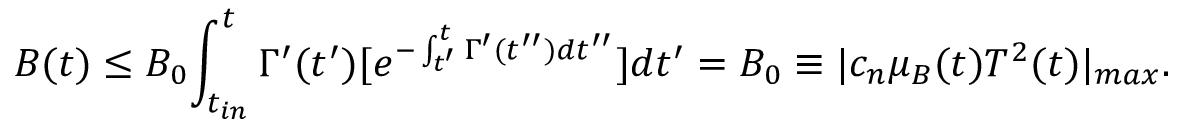
B ( t ) \leq B _ { 0 } { \int _ { t _ { i n } } ^ { t } { \Gamma ^ { \prime } ( t ^ { \prime } ) [ e ^ { - \int _ { t ^ { \prime } } ^ { t } { \Gamma ^ { \prime } ( t ^ { \prime \prime } ) d t ^ { \prime \prime } } } ] d t ^ { \prime } } } = B _ { 0 } \equiv | c _ { n } \mu _ { B } ( t ) T ^ { 2 } ( t ) | _ { m a x } .